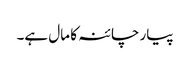
پیار چائنہ کا مال ہے۔